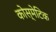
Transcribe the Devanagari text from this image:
कोस्मेटिक